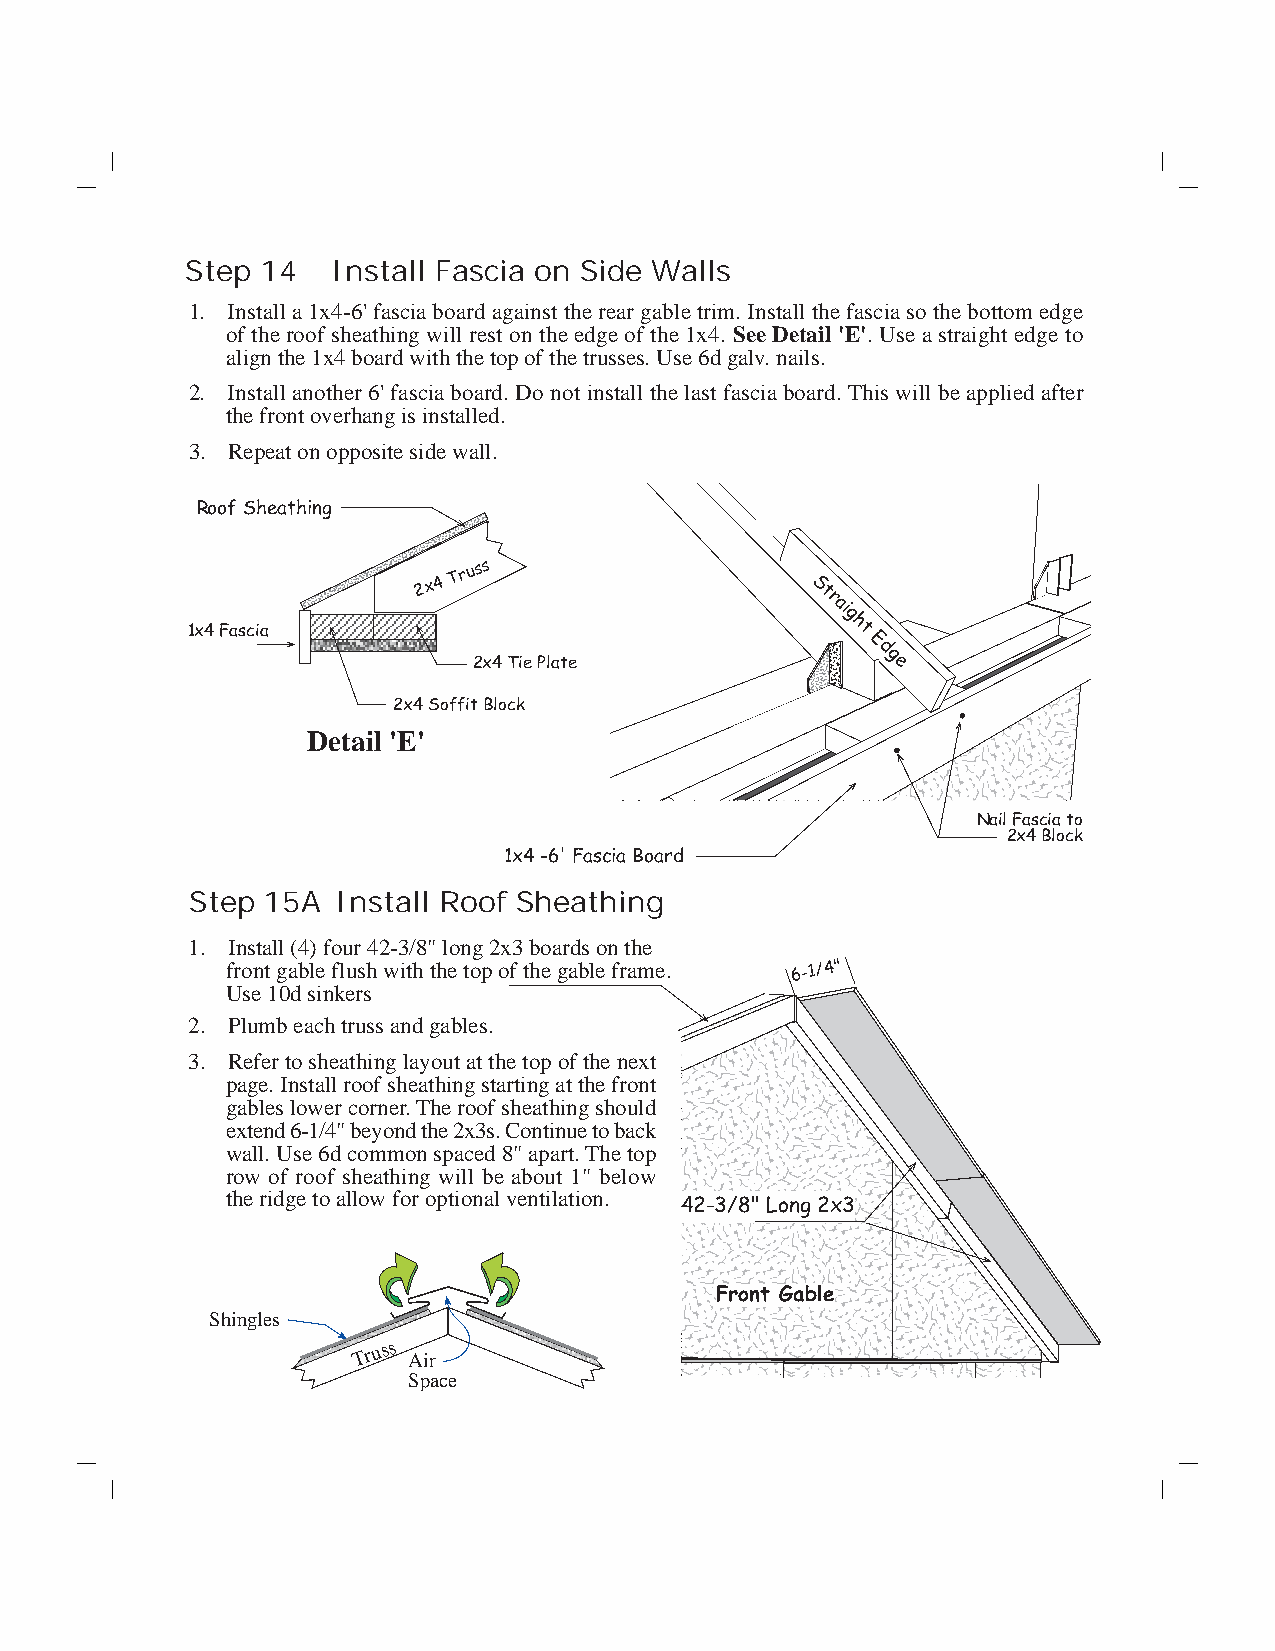
Step 14   Install Fascia on Side Walls
 1. Install a 1x4-6' fascia board against the rear gable trim. Install the fascia so the bottom edge
 of the roof sheathing will rest on the edge of the 1x4. See Detail 'E'. Use a straight edge to
 align the 1x4 board with the top of the trusses. Use 6d galv. nails.
 2. Install another 6' fascia board. Do not install the last fascia board. This will be applied after
 the front overhang is installed.
 3. Repeat on opposite side wall.
 Roof Sheathing
 2x4
 Truss
 St
 r
 ai
 g
 1x4 Fascia
 ht
 E
 d
 2x4 Tie Plate              g e
 2x4 Soffit Block
 Detail 'E'
 Nail Fascia to
 2x4 Block
 1x4 -6' Fascia Board
 Step 15A Install Roof Sheathing
 1. Install (4) four 42-3/8" long 2x3 boards on the
 front gable flush with the top of the gable frame. 6-1/4"
 Use 10d sinkers
 2. Plumb each truss and gables.
 3. Refer to sheathing layout at the top of the next
 page. Install roof sheathing starting at the front
 gables lower corner. The roof sheathing should
 extend 6-1/4" beyond the 2x3s. Continue to back
 wall. Use 6d common spaced 8" apart. The top
 row of roof sheathing will be about 1" below
 the ridge to allow for optional ventilation.
 42-3/8" Long 2x3
 Front Gable
 Shingles
 Tr u s s Air
 Space